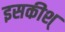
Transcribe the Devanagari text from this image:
इसकीश्